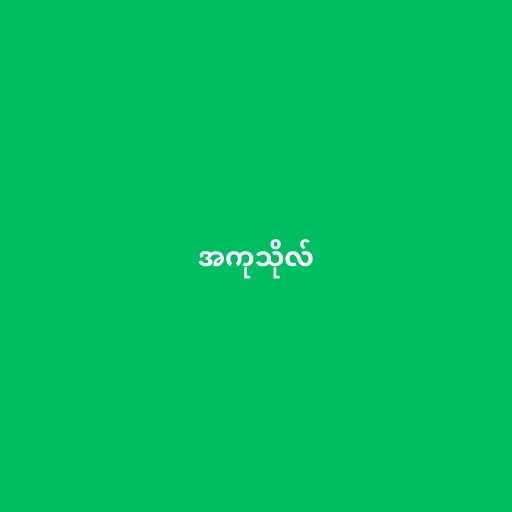
အကုသိုလ်